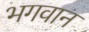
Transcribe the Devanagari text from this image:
भगवान